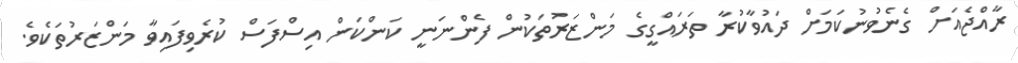
ރާއްޖެއަށް ގެނެވުނުކަމަށް ދައުވާކުރާ ތަރައްގީގެ މަންޒަރުތަކުން ފެންނަނީ ކަންކަން އިސްފަސް ކުރެވިފައިވާ މަންޒަރުތަކެވެ.